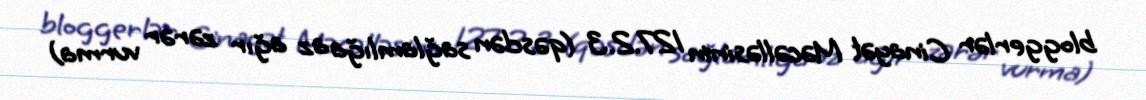
bloggerlər Cinayət Məcəlləsinin 127.2.3 (qəsdən sağlamlığa az ağır zərər vurma)